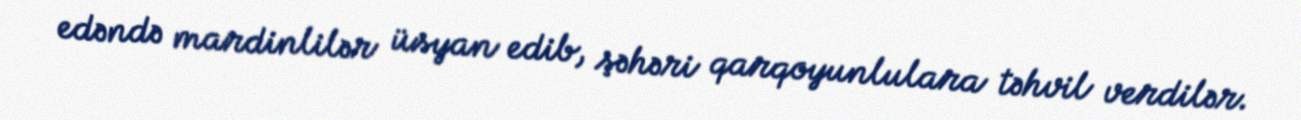
edəndə mardinlilər üsyan edib, şəhəri qarqoyunlulara təhvil verdilər.